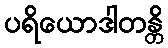
ပရိယောဒါတန္တိ